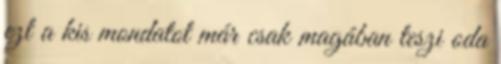
ezt a kis mondatot már csak magában teszi oda